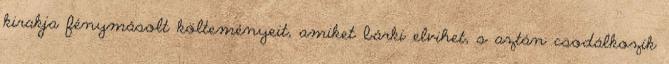
kirakja fénymásolt költeményeit, amiket bárki elvihet, s aztán csodálkozik